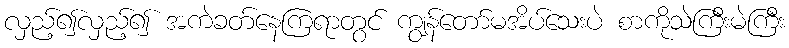
လှည့်၍လှည့်၍ အကဲခတ်နေကြရာတွင် ကျွန်တော်မအိပ်သေးပဲ စာကိုသဲကြီးမဲကြီး